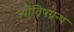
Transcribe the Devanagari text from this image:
ज्योतिषग्रन्थ